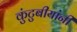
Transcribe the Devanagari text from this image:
कुंटुबीयांनी